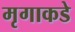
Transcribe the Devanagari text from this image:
मृगाकडे